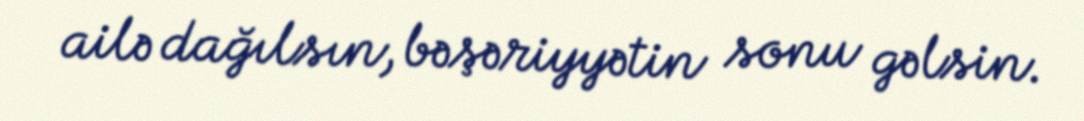
ailə dağılsın, bəşəriyyətin sonu gəlsin.